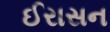
ઈરાસન